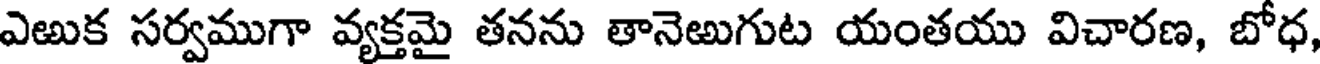
ఎఱుక సర్వముగా వ్యక్తమై తనను తానెఱుగుట యంతయు విచారణ, బోధ,